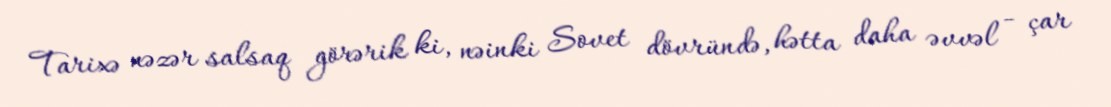
Tarixə nəzər salsaq görərik ki, nəinki Sovet dövründə, hətta daha əvvəl - çar